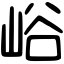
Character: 峪